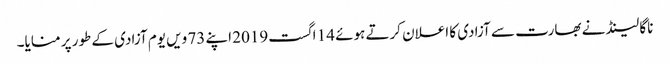
ناگا لینڈ نے بھارت سے آزادی کا اعلان کرتے ہوئے 14 اگست2019 اپنے 73 ویں یوم آزادی کے طور پر منایا۔